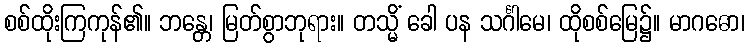
စစ်ထိုးကြကုန်၏။ ဘန္တေ၊ မြတ်စွာဘုရား။ တသ္မိံ ခေါ ပန သင်္ဂါမေ၊ ထိုစစ်မြေ၌။ မာဂဓော၊